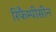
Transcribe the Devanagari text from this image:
रिफैम्पीसीन